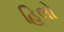
હિલો